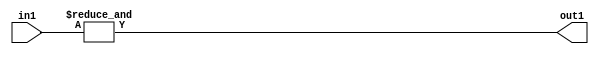
`timescale 1ps / 1ps
/*****************************************************************************
    Verilog RTL Description
    
    
    Created by: CellMath Designer 2019.1.01 
*******************************************************************************/

module in_buff_AndReduction_4S_1U_1 (
	in1,
	out1
	); /* architecture "behavioural" */ 
input [3:0] in1;
output  out1;
wire  asc001;

assign asc001 = 
	(&in1);

assign out1 = asc001;
endmodule

/* CADENCE  urb1SwE= : u9/ySgnWtBlWxVPRXgAZ4Og= ** DO NOT EDIT THIS LINE ******/